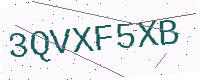
Text: 3QVXF5XB